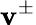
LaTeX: \mathbf{v}^{\pm}